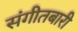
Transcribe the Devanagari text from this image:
संगीतबारी